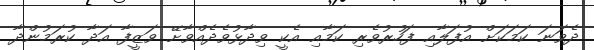
ދެވަނަ ކަމަކަށް އުފަލާއި ފަހުރުވެރި ކަމާއި އެކީ ވިދާޅުވެދެއްވާށޭ ވަޒީފާ އަދާ ކުރަމުންދާ